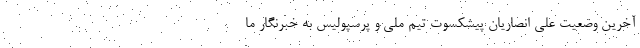
آخرین وضعیت علی انصاریان پیشکسوت تیم ملی و پرسپولیس به خبرنگار ما